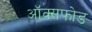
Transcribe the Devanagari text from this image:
ऑक्सफोड